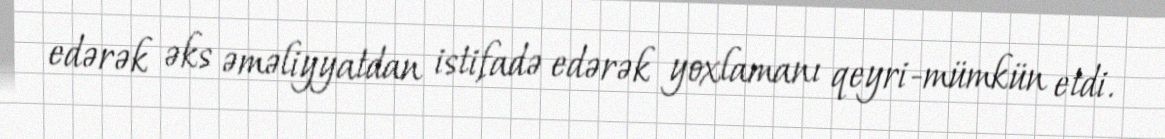
edərək əks əməliyyatdan istifadə edərək yoxlamanı qeyri-mümkün etdi.